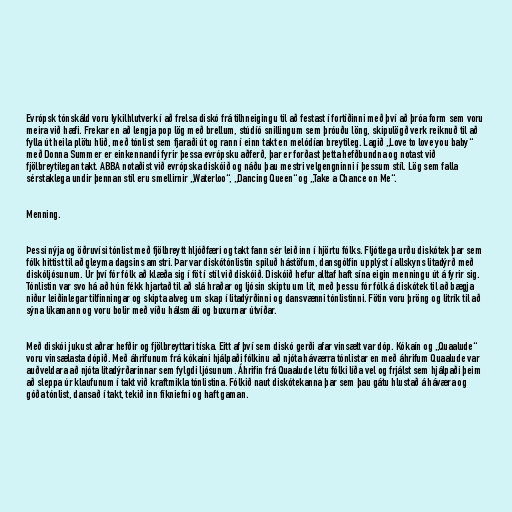
Evrópsk tónskáld voru lykilhlutverk í að frelsa diskó frá tilhneigingu til að festast í fortíðinni með því að þróa form sem voru
meira við hæfi. Frekar en að lengja pop lög með brellum, stúdíó snillingum sem þróuðu löng, skipulögð verk reiknuð til að
fylla út heila plötu hlið, með tónlist sem fjaraði út og rann í einn takt en melódían breytileg. Lagið „Love to love you baby“
með Donna Summer er einkennandi fyrir þessa evrópsku aðferð, þar er forðast þetta hefðbundna og notast við
fjölbreytilegan takt. ABBA notaðist við evrópska diskóið og náðu þau mestri velgengninni í þessum stíl. Lög sem falla
sérstaklega undir þennan stíl eru smellirnir „Waterloo“, „Dancing Queen“ og „Take a Chance on Me“.

Menning.

Þessi nýja og öðruvísi tónlist með fjölbreytt hljóðfæri og takt fann sér leið inn í hjörtu fólks. Fljótlega urðu diskótek þar sem
fólk hittist til að gleyma dagsins amstri. Þar var diskótónlistin spiluð hástöfum, dansgólfin upplýst í allskyns litadýrð með
diskóljósunum. Úr því fór fólk að klæða sig í föt í stíl við diskóið. Diskóið hefur alltaf haft sína eigin menningu út á fyrir sig.
Tónlistin var svo há að hún fékk hjartað til að slá hraðar og ljósin skiptu um lit, með þessu fór fólk á diskótek til að bægja
niður leiðinlegar tilfinningar og skipta alveg um skap í litadýrðinni og dansvænni tónlistinni. Fötin voru þröng og litrík til að
sýna líkamann og voru bolir með víðu hálsmáli og buxurnar útvíðar.

Með diskói jukust aðrar hefðir og fjölbreyttari tíska. Eitt af því sem diskó gerði afar vinsælt var dóp. Kókaín og „Quaalude“
voru vinsælasta dópið. Með áhrifunum frá kókaíni hjálpaði fólkinu að njóta háværra tónlistar en með áhrifum Quaalude var
auðveldara að njóta litadýrðarinnar sem fylgdi ljósunum. Áhrifin frá Quaalude létu fólki líða vel og frjálst sem hjálpaði þeim
að sleppa úr klaufunum í takt við kraftmikla tónlistina. Fólkið naut diskótekanna þar sem þau gátu hlustað á háværa og
góða tónlist, dansað í takt, tekið inn fíkniefni og haft gaman.